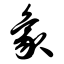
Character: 象